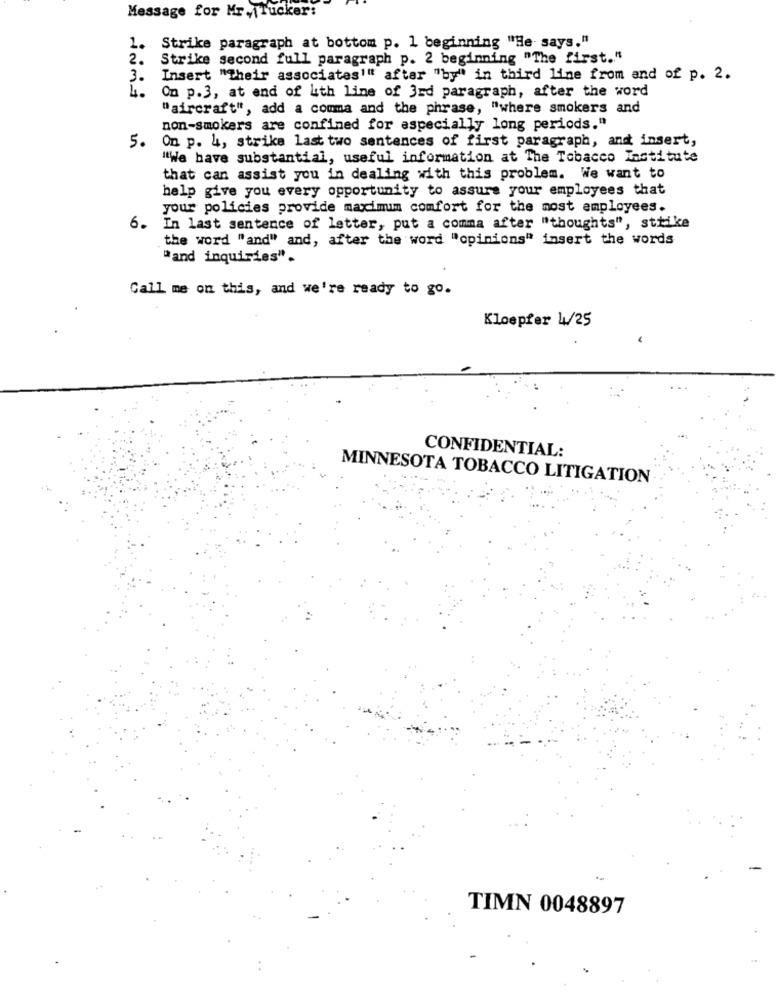
Message for Mr.|Tucker:
1.
Strike paragraph at bottom p. 1 beginning "He says."
2.
Strike second full paragraph p. 2 beginning "The first."
3 .
Insert "Their associates"" after "by" in third line from and of p. 2.
4.
On p.3, at end of lith line of 3rd paragraph, after the word
"aircraft", add a comma and the phrase, "
, "where smokers and
non-smokers are confined for especially long periods."
On p. 4, strike last two sentences of first paragraph, and insert,
5.
"We have substantial, useful information at The Tobacco Institute
that can assist you in dealing with this problem. We want to
help give you every opportunity to assure your employees that
your policies provide maximum comfort for the most employees.
6.
In last sentence of letter, put a comma after "thoughts", strike
the word "and" and, after the word "opinions" insert the words
"and inquiries".
Call me on this, and we're ready to go.
Kloepfer 4/25
CONFIDENTIAL:
MINNESOTA TOBACCO LITIGATION
TIMN 0048897